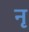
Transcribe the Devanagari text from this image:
नृ